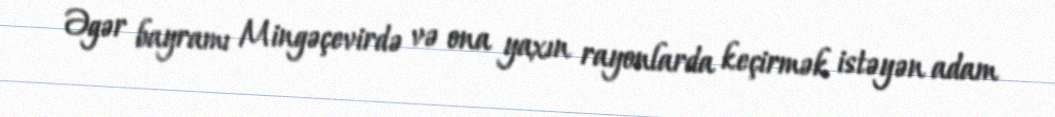
Əgər bayramı Mingəçevirdə və ona yaxın rayonlarda keçirmək istəyən adam